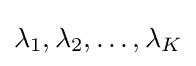
{\textstyle \lambda _{1},\lambda _{2},\ldots ,\lambda _{K}}